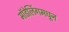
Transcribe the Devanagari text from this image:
मॉडेलिंगमधून